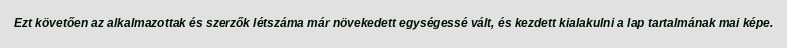
Ezt követően az alkalmazottak és szerzők létszáma már növekedett egységessé vált, és kezdett kialakulni a lap tartalmának mai képe.